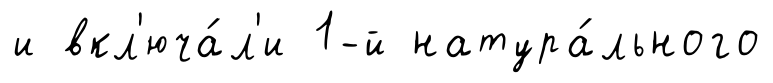
и вкл'юча́л'и 1-й натура́льного